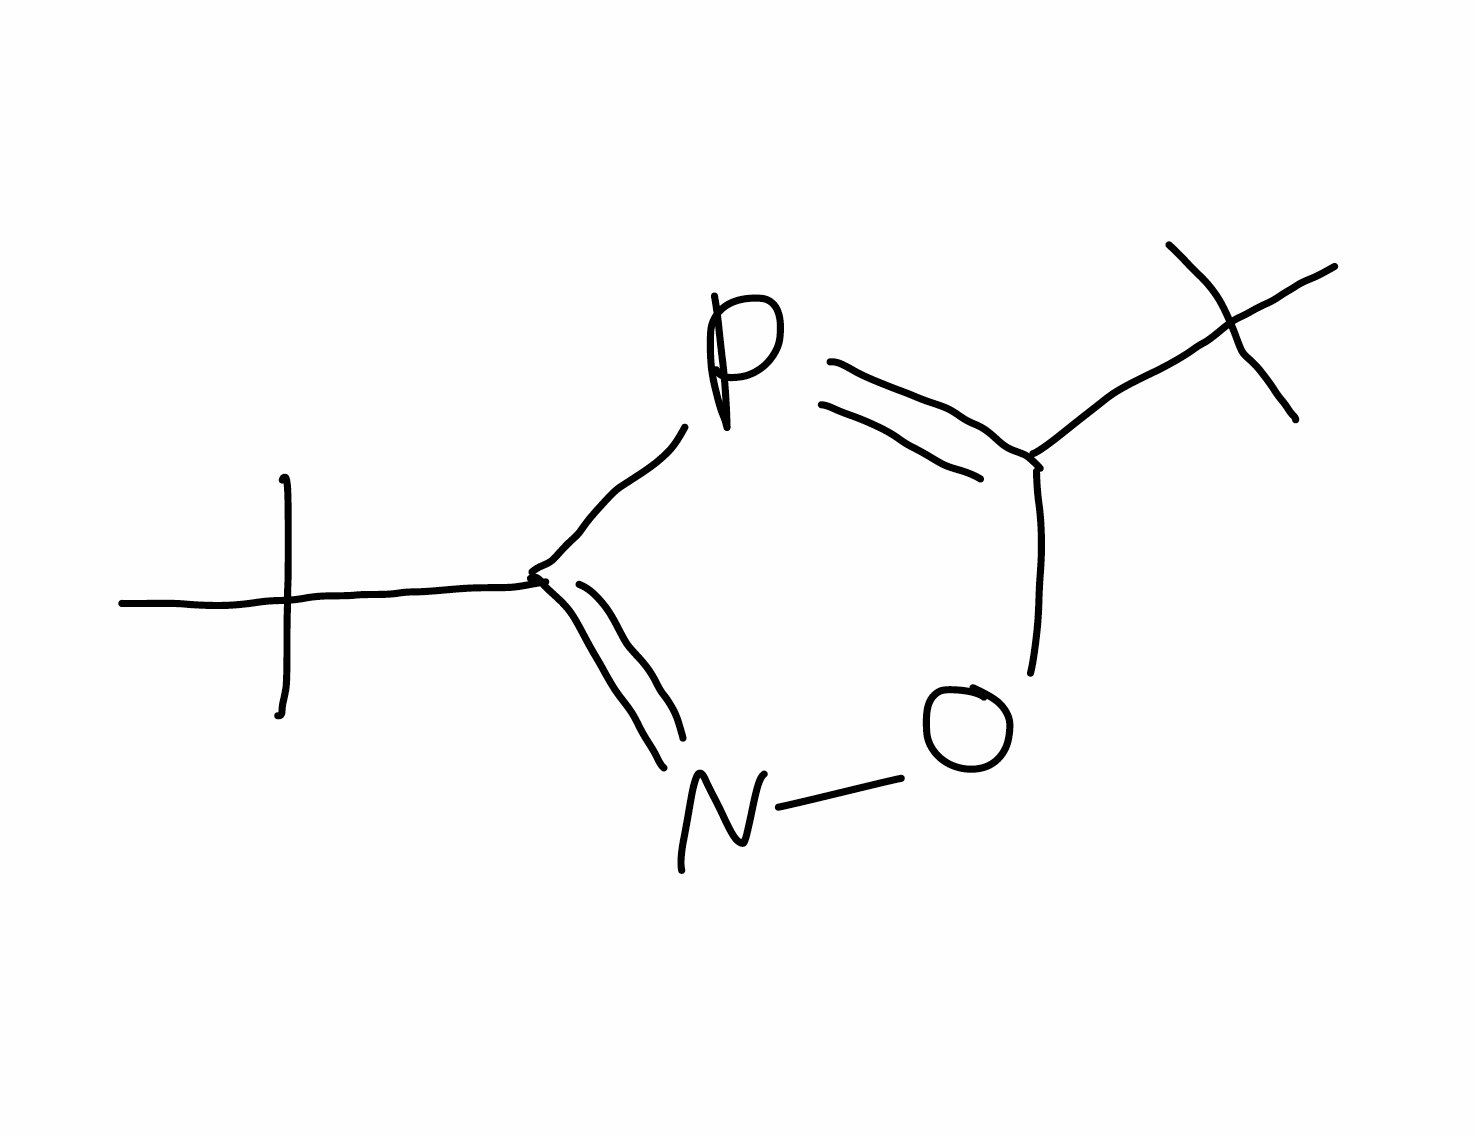
Simplified molecular-input line-entry system (SMILES) notation of the given molecule:
CC(C)(C)C1=NOC(=P1)C(C)(C)C